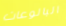
البالوعات